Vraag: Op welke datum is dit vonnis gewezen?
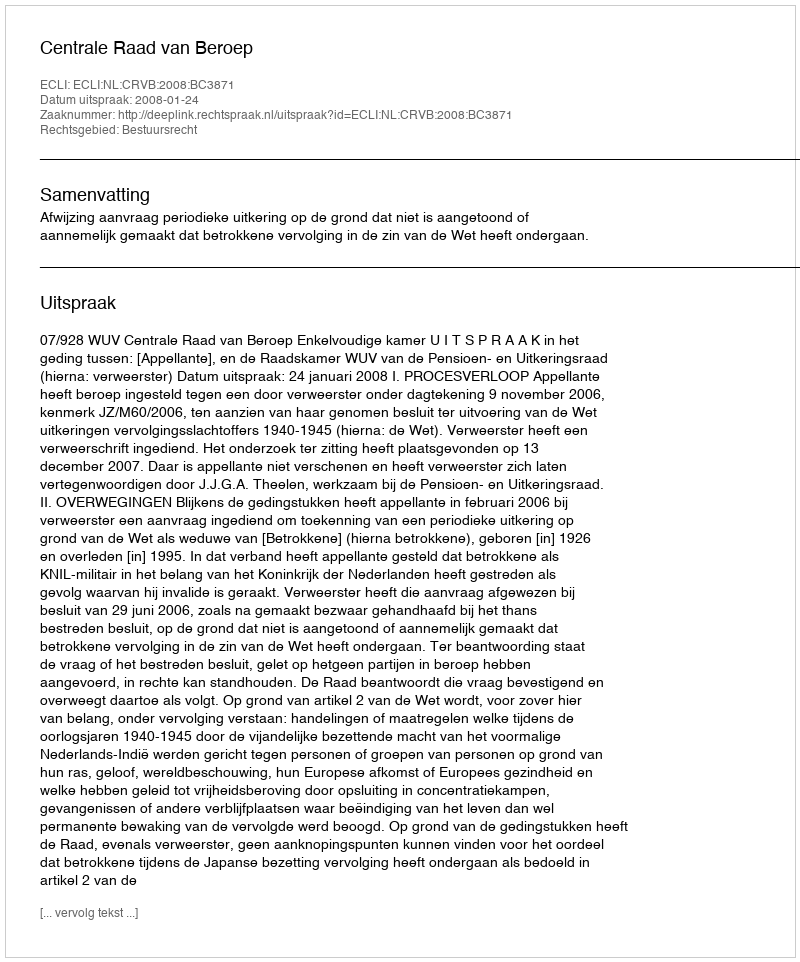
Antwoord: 2008-01-24